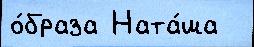
о́браза Ната́ша